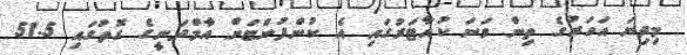
މިދިޔަ އަހަރުގެ ތިން ވަނަ ކުއާޓަރުގައި އެ ކުންފުންޏަށް އާމްދަނީގެ ގޮތުގައި 51.5